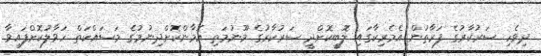
ދިވެހި ސަރުކާރުގެ ފަރާތުން އެމެރިކާގައި ލޮބީކޮށްދީ ސަރުކާރުގެ މޫނުމަތި އޮމާންކޮށްދިނުމުގެ މަސައްކަތް ހަވާލުކޮށްފައިވާ